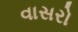
વાસરો